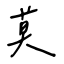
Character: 莫